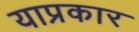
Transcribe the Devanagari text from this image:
याप्रकार